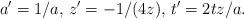
LaTeX: \begin{align*}a'=1/a\textrm{, }z'=-1/(4z)\textrm{, }t'=2tz/a.\end{align*}